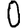
Digit: 0